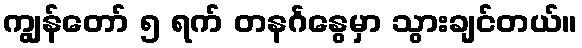
ကျွန်တော် ၅ ရက် တနင်္ဂနွေမှာ သွားချင်တယ်။